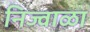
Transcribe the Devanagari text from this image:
निज्वाळा